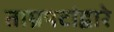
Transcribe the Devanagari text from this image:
ताम्रपटांद्वारे